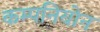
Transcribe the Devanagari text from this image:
कम्पनियोन